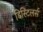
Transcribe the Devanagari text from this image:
डिस्टिलर्स